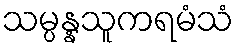
သမ္ပန္နသူကရမံသံ